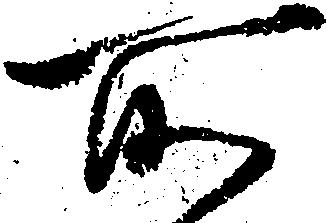
所